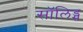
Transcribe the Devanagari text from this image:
सॉलिड्स